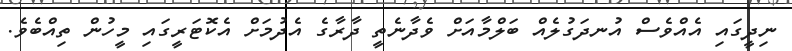
ނިދީގައި އެއްވެސް އުނދަގުލެއް ބަލްމާއަށް ވެދާނެތީ ދާރާގެ އެދުމަށް އެކޮޓަރީގައި މީހުން ތިއްބެވެ.